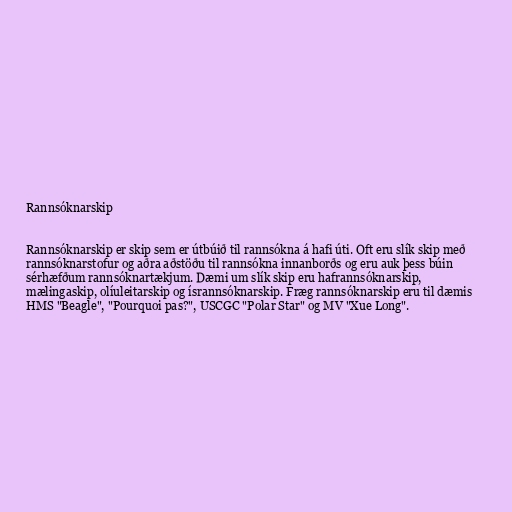
Rannsóknarskip

Rannsóknarskip er skip sem er útbúið til rannsókna á hafi úti. Oft eru slík skip með
rannsóknarstofur og aðra aðstöðu til rannsókna innanborðs og eru auk þess búin
sérhæfðum rannsóknartækjum. Dæmi um slík skip eru hafrannsóknarskip,
mælingaskip, olíuleitarskip og ísrannsóknarskip. Fræg rannsóknarskip eru til dæmis
HMS "Beagle", "Pourquoi pas?", USCGC "Polar Star" og MV "Xue Long".